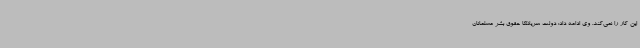
این کار را نمی‌کند. وی ادامه داد: دولت سریلانکا حقوق بشر مسلمانان